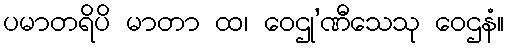
ပမာတရိပိ မာတာ ထ၊ ဝေဌု’ဏီသေသု ဝေဌနံ။